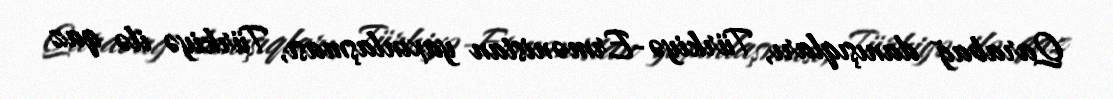
Qarabağ danışıqları, Türkiyə-Ermənistan yaxınlaşması, Türkiyə ilə qaz